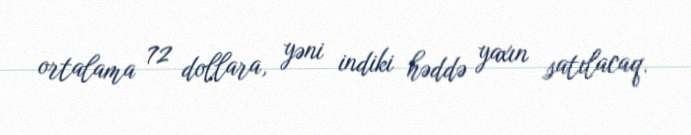
ortalama 72 dollara, yəni indiki həddə yaxın satılacaq.